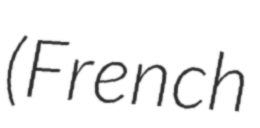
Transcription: (French